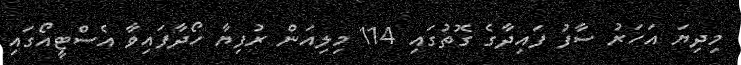
މިދިޔަ އަހަރު ސާފު ފައިދާގެ ގޮތުގައި 114 މިލިއަން ރުފިޔާ ހޯދާފައިވާ އެސްޓީއޯގައި